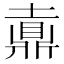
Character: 𪔄